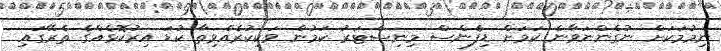
ނިމުމަކަށް ނުގެންނަވާނެ ކަމަށް ޑިފެންސް މިނިސްޓަރު ކަމުން ވަކިކުރެއްވިތާ ކުޑަ އިރުކޮޅެއްގެ ތެރޭގައި